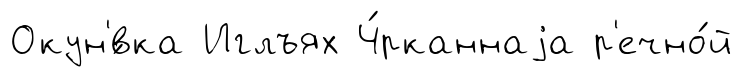
Окун'́вка Иглъях Ч́рканнаjа р'ечно́й